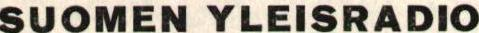
SUOMEN YLEISRADIO